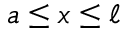
a \leq x \leq \ell